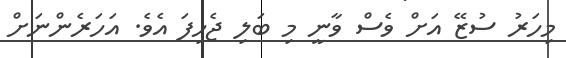
މިހަރު ސުޒޭ އަށް ވެސް ވާނީ މި ބަލި ޖެހިފަ އެވެ. އަހަރެންނަށް